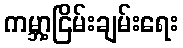
ကမ္ဘာ့ငြိမ်းချမ်းရေး